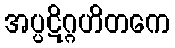
အပ္ပဋိဂ္ဂဟိတကေ